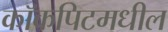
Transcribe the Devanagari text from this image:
कॉकपिटमधील